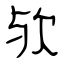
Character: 欤